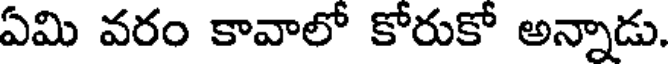
ఏమి వరం కావాలో కోరుకో అన్నాడు.